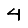
Digit: 4